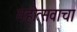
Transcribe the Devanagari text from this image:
महोत्सवाचा